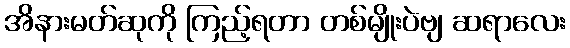
အိနားမတ်ဆုကို ကြည့်ရတာ တစ်မျိုးပဲဗျ ဆရာလေး